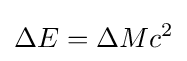
\Delta E=\Delta Mc^{2}\,\!